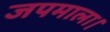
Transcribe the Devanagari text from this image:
जपमाला।